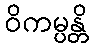
ဝိကမ္ပန္တိ